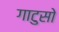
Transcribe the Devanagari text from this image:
गाटुसो